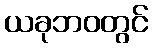
ယခုဘဝတွင်